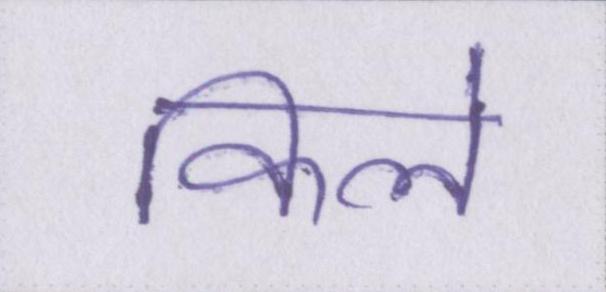
किले